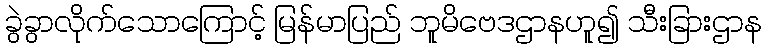
ခွဲခွာလိုက်သောကြောင့် မြန်မာပြည် ဘူမိဗေဒဌာနဟူ၍ သီးခြားဌာန